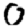
Digit: 0